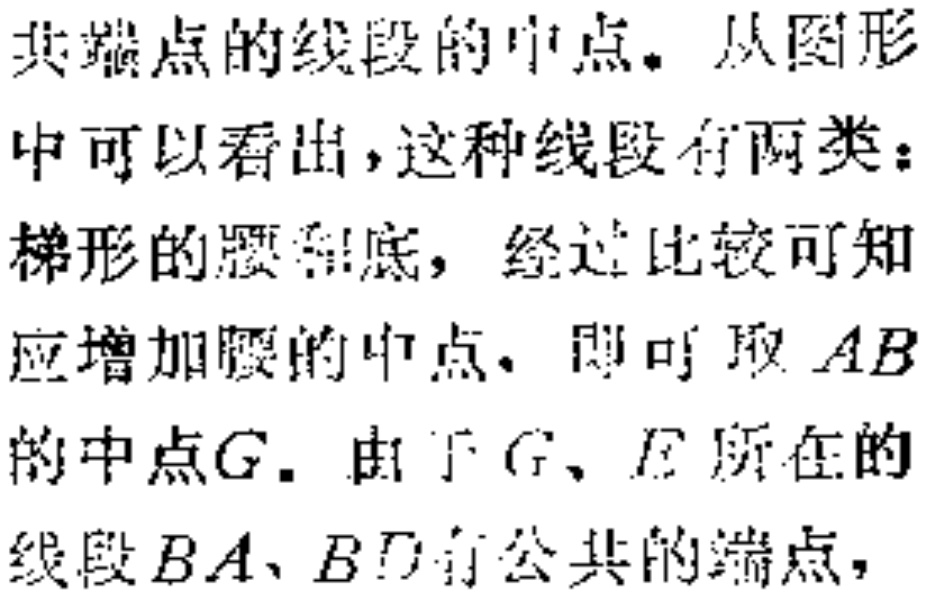
共端点的线段的中点. 从图形
中可以看出, 这种线段有两类:
梯形的腰和底, 经过比较可知
应增加腰的中点. 即可取 \(AB\)
的中点\(G\). 由于 \(G\)、\(E\) 所在的
线段 \(BA\)、\(BD\) 有公共的端点,